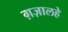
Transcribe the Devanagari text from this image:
ग़ज़ालहे